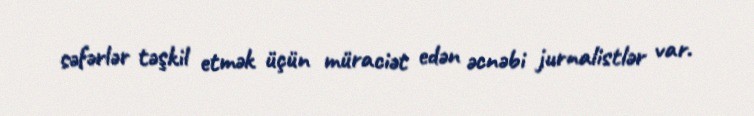
səfərlər təşkil etmək üçün müraciət edən əcnəbi jurnalistlər var.